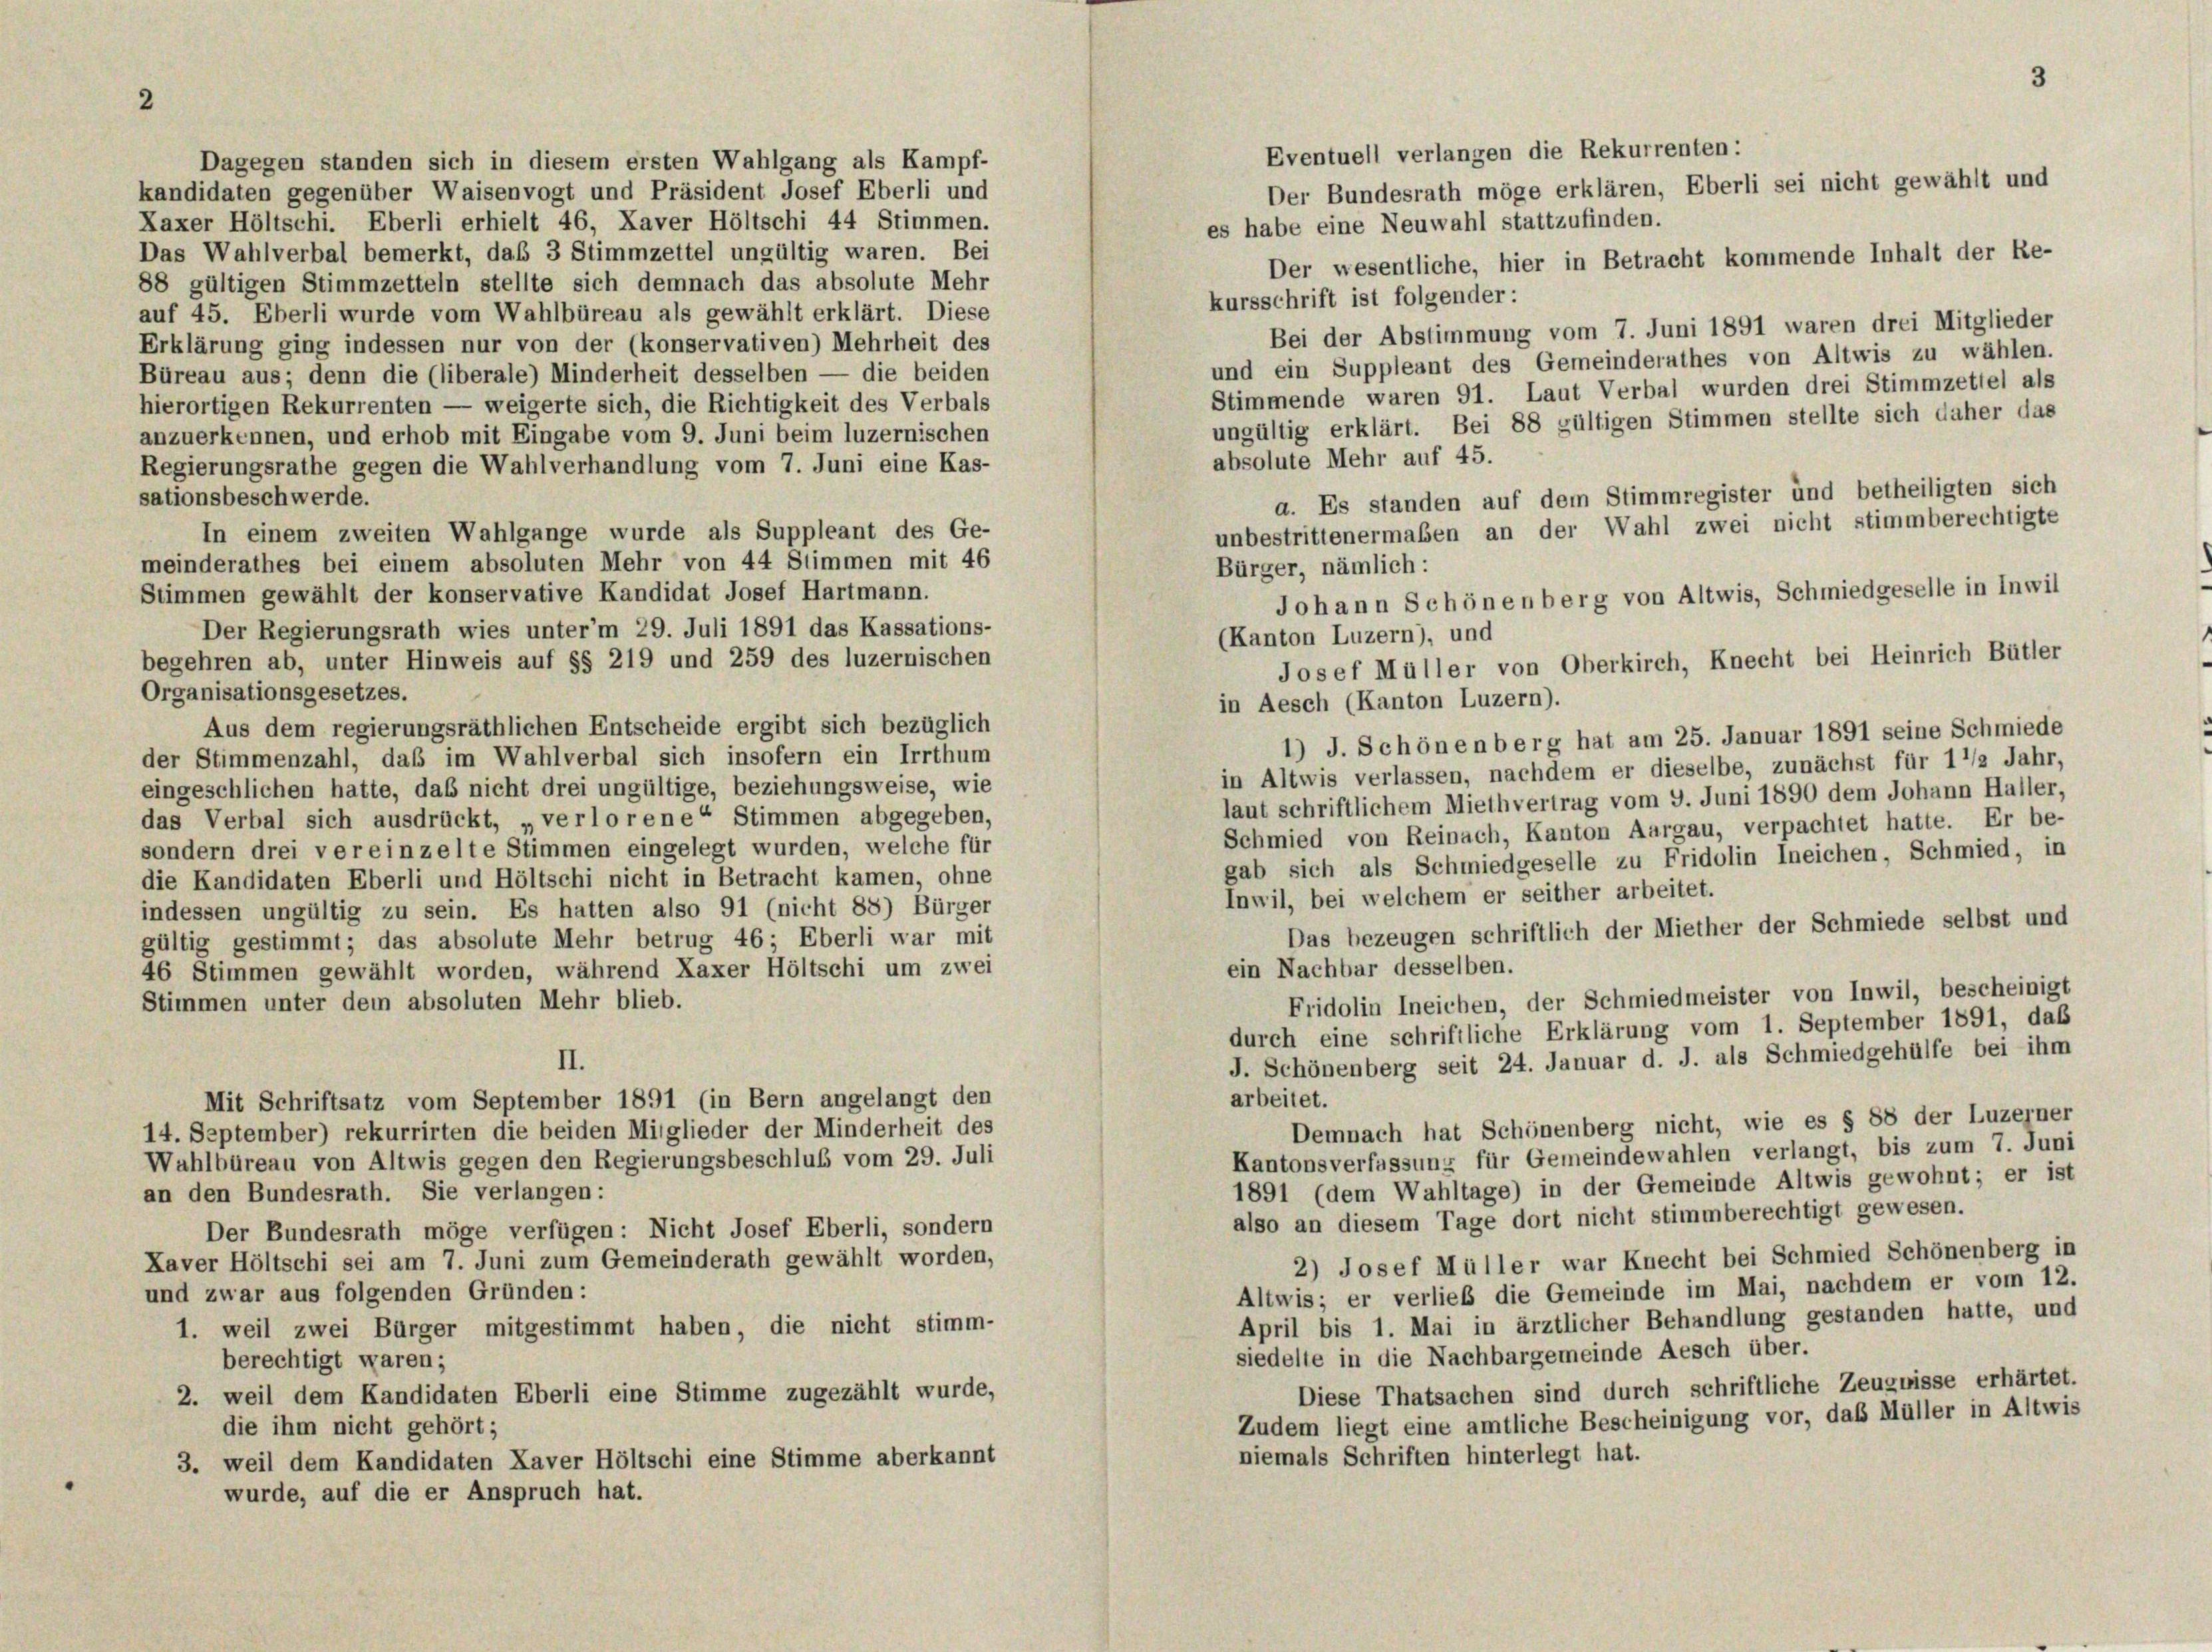
2

Eventuell verlangen die Rekurrenten:
Dagegen standen sich in diesem ersten Wahlgang als Kampf-
kandidaten gegenüber Waisenvogt und Präsident Josef Eberli und
Laxer Höltschi. Eberli erhielt 46, Xaver Höltschi 44 Stimmen.
es habe eine Neuwahl stattzufinden.
Das Wahlverbal bemerkt, daß 3 Stimmzettel ungültig waren. Bei
Der wesentliche, hier in Betracht kommende Inhalt der Re-
88 gültigen Stimmzetteln stellte sich demnach das absolute Mehr
kursschrift ist folgender:
auf 45. Eberli wurde vom Wahlbüreau als gewählt erklärt. Diese
Bei der Abstimmung vom 7. Juni 1891 waren drei Mitglieder
Erklärung ging indessen nur von der (konservativen) Mehrheit des
und ein Suppleant des Gemeinderathes von Altwis zu wählen.
Büreau aus; denn die (liberale) Minderheit desselben — die beiden
Stimmende waren 91. Laut Verbal wurden drei Stimmzettel als
hierortigen Rekurrenten — weigerte sich, die Richtigkeit des Verbals
ungültig erklärt. Bei 88 gültigen Stimmen stellte sich daher das
anzuerkennen, und erhob mit Eingabe vom 9. Juni beim luzernischen
absolute Mehr auf 45.
Regierungsrathe gegen die Wahlverhandlung vom 7. Juni eine Kas-
sationsbeschwerde.
a. Es standen auf dem Stimmregister und betheiligten sich
unbestrittenermaßen an der Wahl zwei nicht stimmberechtigte
In einem zweiten Wahlgange wurde als Suppleant des Ge-
meinderathes bei einem absoluten Mehr von 44 Stimmen mit 46
Bürger, nämlich:
Stimmen gewählt der konservative Kandidat Josef Hartmann.
Johann Schönenberg von Altwis, Schmiedgeselle in Inwil
Der Regierungsrath wies unter’m 29. Juli 1891 das Kassations-
(Kanton Luzern), und
begehren ab, unter Hinweis auf §§ 219 und 259 des luzernischen
Josef Müller von Oberkirch, Knecht bei Heinrich Bütler
Organisationsgesetzes.
in Aesch (Kanton Luzern).
Aus dem regierungsräthlichen Entscheide ergibt sich bezüglich
1) J. Schönenberg hat am 25. Januar 1891 seine Schmiede
der Stimmenzahl, daß im Wahlverbal sich insofern ein Irrthum
in Altwis verlassen, nachdem er dieselbe, zunächst für 1 1/2 Jahr,
eingeschlichen hatte, das nicht drei ungültige, beziehungsweise, wie
laut schriftlichem Miethvertrag vom 9. Juni 1890 dem Johann Haller,
das Verbal sich ausdrückt, „verlorene Stimmen abgegeben,
Schmied von Reinach, Kanton Aargau, verpachtet hatte. Er be-
sondern drei vereinzelte Stimmen eingelegt wurden, welche für
gab sich als Schmiedgeselle zu Fridolin Ineichen, Schmied, in
die Kandidaten Eberli und Höltschi nicht in Betracht kamen, ohne
Inwil, bei welchem er seither arbeitet.
indessen ungültig zu sein. Es hatten also 91 (nicht 88) Bürger
Das bezeugen schriftlich der Miether der Schmiede selbst und
gültig gestimmt; das absolute Mehr betrug 46; Eberli war mit
ein Nachbar desselben.
46 Stimmen gewählt worden, während Kaxer Höltschi um zwei
Fridolin Ineichen, der Schmiedmeister von Inwil, bescheinigt
Stimmen unter dem absoluten Mehr blieb.
durch eine schriftliche Erklärung vom 1. September 1891, daß
J. Schönenberg seit 24. Januar d. J. als Schmiedgehülfe bei ihm
II.
arbeitet.
Mit Schriftsatz vom September 1891 (in Bern angelangt den
Demnach hat Schönenberg nicht, wie es § 88 der Luzerner
14. September) rekurrirten die beiden Mitglieder der Minderheit des
Kantonsverfassung für Gemeindewahlen verlangt, bis zum 7. Juni
Wahlbüreau von Altwis gegen den Regierungsbeschluß vom 29. Juli
1891 (dem Wahltage) in der Gemeinde Altwis gewohnt; er ist
an den Bundesrath. Sie verlangen:
also an diesem Tage dort nicht stimmberechtigt gewesen.
Der Bundesrath möge verfügen: Nicht Josef Eberli, sondern
2) Josef Müller war Knecht bei Schmied Schönenberg in
Xaver Höltschi sei am 7. Juni zum Gemeinderath gewählt worden,
Altwis; er verlieb die Gemeinde im Mai, nachdem er vom 12.
und zwar aus folgenden Gründen:
April bis 1. Mai in ärztlicher Behandlung gestanden hatte, und
1. weil zwei Bürger mitgestimmt haben, die nicht stimm-
siedelte in die Nachbargemeinde Aesch über.
berechtigt waren;
Diese Thatsachen sind durch schriftliche Zeugnisse erhärtet.
2. weil dem Kandidaten Eberli eine Stimme zugezählt wurde,
Zudem liegt eine amtliche Bescheinigung vor, daß Müller in Altwis
die ihm nicht gehört;
niemals Schriften hinterlegt hat.
3. weil dem Kandidaten Laver Höltschi eine Stimme aberkannt
wurde, auf die er Anspruch hat.

Der Bundesrath möge erklären, Eberli sei nicht gewählt und